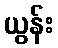
ယွန်း